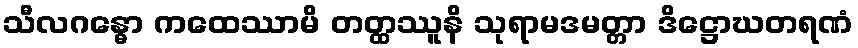
သီလဂန္ဓော ကထေဿာမိ တတ္ထဿူနိ သုရာမဒမတ္တာ ဒိဋ္ဌောဃတရဏံ